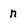
Character: n